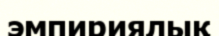
эмпириялық